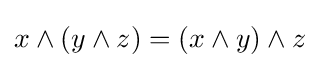
x\land (y\land z)=(x\land y)\land z